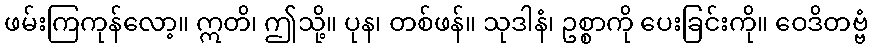
ဖမ်းကြကုန်လော့။ ဣတိ၊ ဤသို့။ ပုန၊ တစ်ဖန်။ သုဒါနံ၊ ဥစ္စာကို ပေးခြင်းကို။ ဝေဒိတဗ္ဗံ